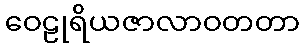
ဝေဠုရိယဇာလာဝတတာ